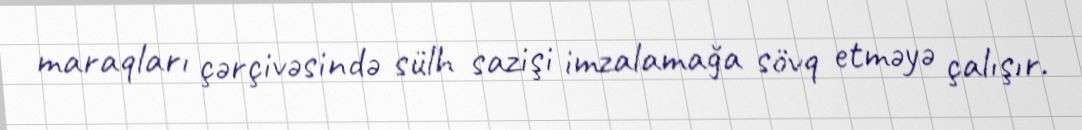
maraqları çərçivəsində sülh sazişi imzalamağa sövq etməyə çalışır.